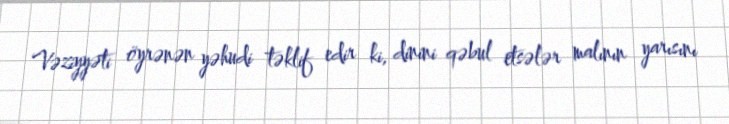
Vəziyyəti öyrənən yəhudi təklif edir ki, dinini qəbul etsələr malının yarısını